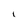
Character: l